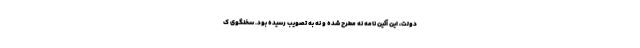
دولت، این آئین نامه نه مطرح شده و نه به تصویب رسیده بود. سخنگوی ک